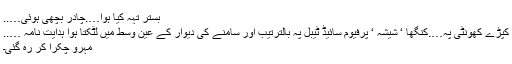
بستر تہہ کیا ہوا….چادر بچھی ہوئی…..
کپڑے کھونٹی پہ….کنگھا ‘ شیشہ ‘ پرفیوم سائیڈ ٹیبل پہ بالترتیب اور سامنے کی دیوار کے عین وسط میں لٹکتا ہوا ہدایت نامہ …..
مہرو چکرا کر رہ گئی۔